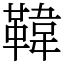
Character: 𩋾